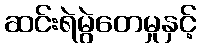
ဆင်းရဲမွဲတေမှုနှင့်